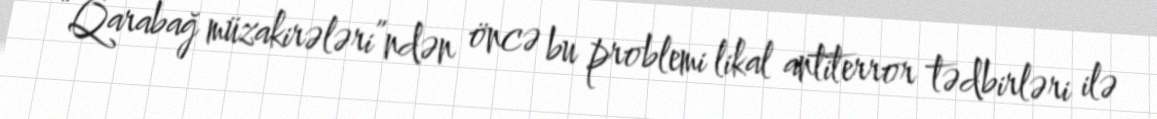
“Qarabağ müzakirələri”ndən öncə bu problemi likal antiterror tədbirləri ilə